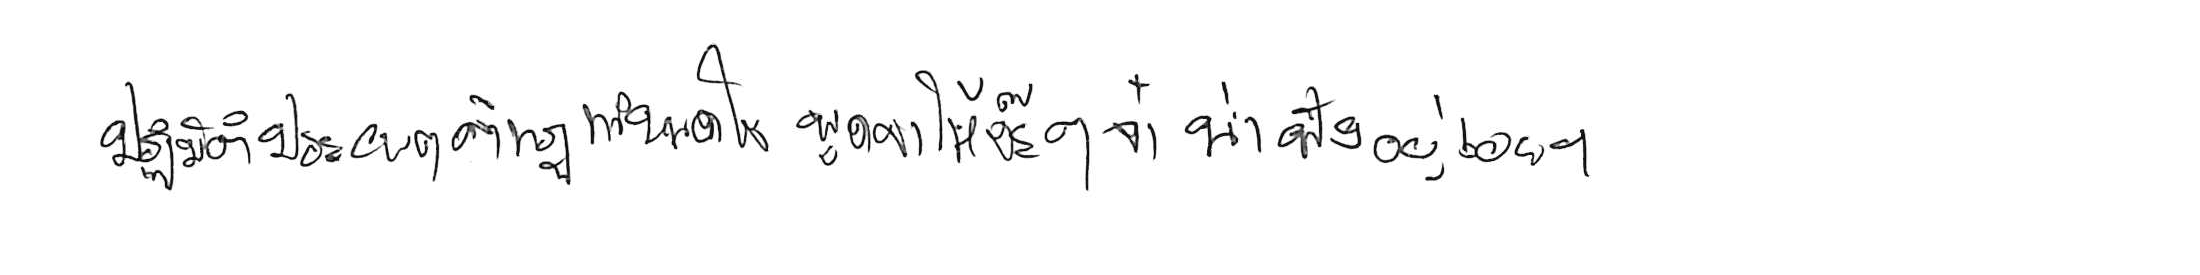
ปฏิบัติประพฤติกฎกำหนดใจ พูดจาให้จ๊ะๆ จ๋า น่าฟังเอยฯ